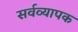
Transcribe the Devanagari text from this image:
सर्वव्‍यापक